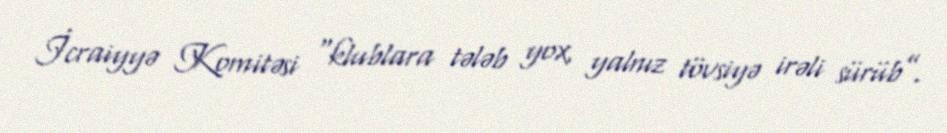
İcraiyyə Komitəsi “klublara tələb yox, yalnız tövsiyə irəli sürüb”.